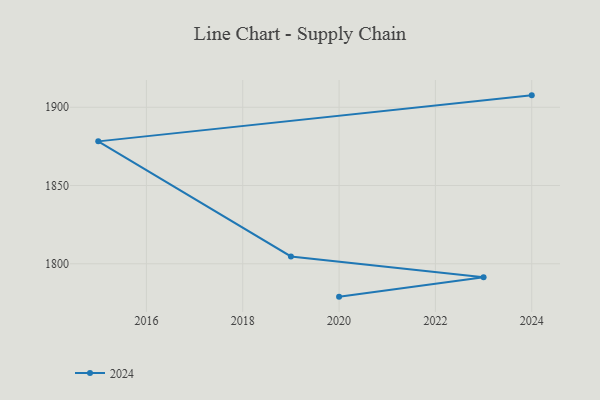
{"axis": {"x": "Year", "y": "Satisfaction Score"}, "legend": ["2024"], "data": [{"x": "2024", "y": 1907.6, "type": "2024"}, {"x": "2015", "y": 1878.2, "type": "2024"}, {"x": "2019", "y": 1804.7, "type": "2024"}, {"x": "2023", "y": 1791.4, "type": "2024"}, {"x": "2020", "y": 1779.0, "type": "2024"}]}